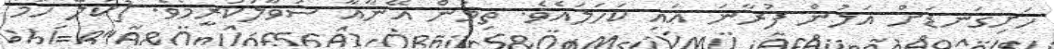
ހަށިގަނޑަށް އަލުން ފުރާނަ އައި ކަހަލައެވެ. ތިމަން އޭނާއާ ސުވާލުކުރީމެވެ. [ކަލޭ ހަމަ